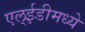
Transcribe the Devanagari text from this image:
एल्ईडीमध्ये